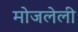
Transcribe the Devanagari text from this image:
मोजलेली